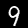
Label: 9